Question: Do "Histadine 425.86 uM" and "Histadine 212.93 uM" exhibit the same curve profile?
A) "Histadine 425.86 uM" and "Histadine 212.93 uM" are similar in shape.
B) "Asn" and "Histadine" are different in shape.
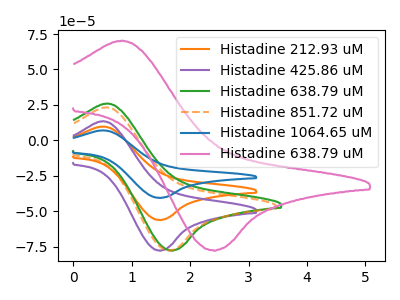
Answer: <think>The orange curve "Histadine 212.93 uM" has an anodic peak at (0.50V, 9.75uA) and a cathodic peak at (1.50V, -56.10uA). The purple curve "Histadine 425.86 uM" has an anodic peak at (0.50V, 13.50uA) and a cathodic peak at (1.50V, -77.65uA). The green curve "Histadine 638.79 uM" has an anodic peak at (0.60V, 26.00uA) and a cathodic peak at (1.70V, -77.60uA). The orange dashed curve "Histadine 851.72 uM" has an anodic peak at (0.55V, 23.30uA) and a cathodic peak at (1.65V, -77.60uA). The blue curve "Histadine 1064.65 uM" has an anodic peak at (0.50V, 19.55uA) and a cathodic peak at (1.50V, -112.20uA). The pink curve "Histadine 638.79 uM" has an anodic peak at (0.85V, 70.30uA) and a cathodic peak at (2.40V, -77.50uA).
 All the peaks in "Histadine 425.86 uM" have a peak in "Histadine 212.93 uM" at the same potential. Every peak in "Histadine 425.86 uM" is higher than every peak in "Histadine 212.93 uM".</think>
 <answer>A) "Histadine 425.86 uM" and "Histadine 212.93 uM" are similar in shape.</answer>
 <eval>A</eval>